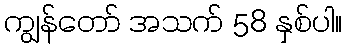
ကျွန်တော် အသက် 58 နှစ်ပါ။